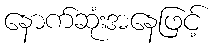
နောက်ဆုံးအနေဖြင့်